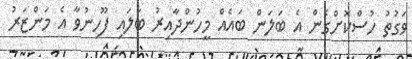
ވަގުތު ހުސްކޮށްގެން އެ ބަލަން ބައެއް މީހުންދާއިރު ބަލައި ފޫހިނުވާ އެ މަންޒަރު